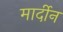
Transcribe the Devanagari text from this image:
मार्दीन